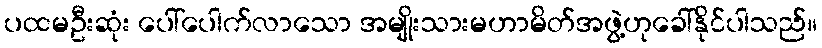
ပထမဦးဆုံး ပေါ်ပေါက်လာသော အမျိုးသားမဟာမိတ်အဖွဲ့ဟုခေါ်နိုင်ပါသည်။